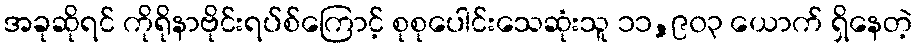
အခုဆိုရင် ကိုရိုနာဗိုင်းရပ်စ်ကြောင့် စုစုပေါင်းသေဆုံးသူ ၁၁,၉၀၃ ယောက် ရှိနေတဲ့